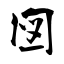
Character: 図